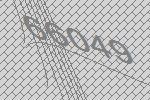
66049